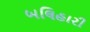
બલિહારી